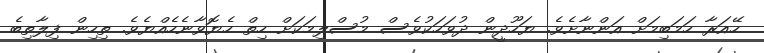
ހޭއަރާ ހަމަބިމަށް އަންނާށެވެ. ޔަހޫދީން ދުވަހަކުވެސް މުސްލިމަކަށް ހިތް ހެޔޮވާނެހެއްޔެވެ. ތިހިން ފިލާތިބެ